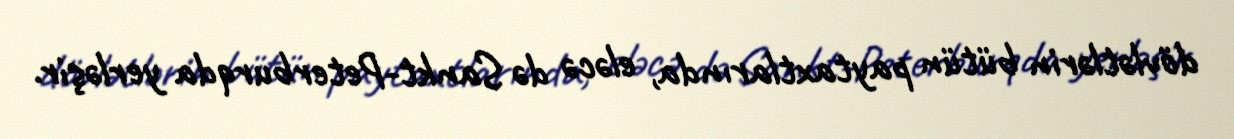
dövlətlərin bütün paytaxtlarında, eləcə də Sankt-Peterburqda yerləşir.